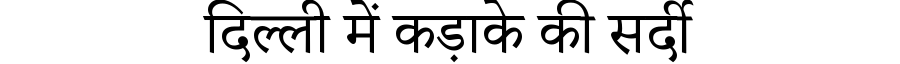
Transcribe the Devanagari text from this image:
दिल्ली में कड़ाके की सर्दी